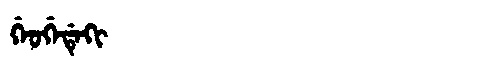
Manchu: ᡤᡝᠣᡤᡝᡩᡝᡴᡳ
Romanization: GEOGEDEKI